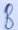
Text: B